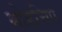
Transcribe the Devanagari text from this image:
मोडचिप